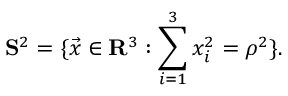
{ \bf S } ^ { 2 } = \{ \vec { x } \in { \bf R } ^ { 3 } : \sum _ { i = 1 } ^ { 3 } x _ { i } ^ { 2 } = { \rho } ^ { 2 } \} .